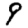
Digit: 9